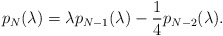
\begin{align*}p_N(\lambda) = \lambda p_{N-1}(\lambda) - \frac{1}{4} p_{N-2}(\lambda).\end{align*}